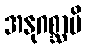
အနုဂစ္ဆာမိ